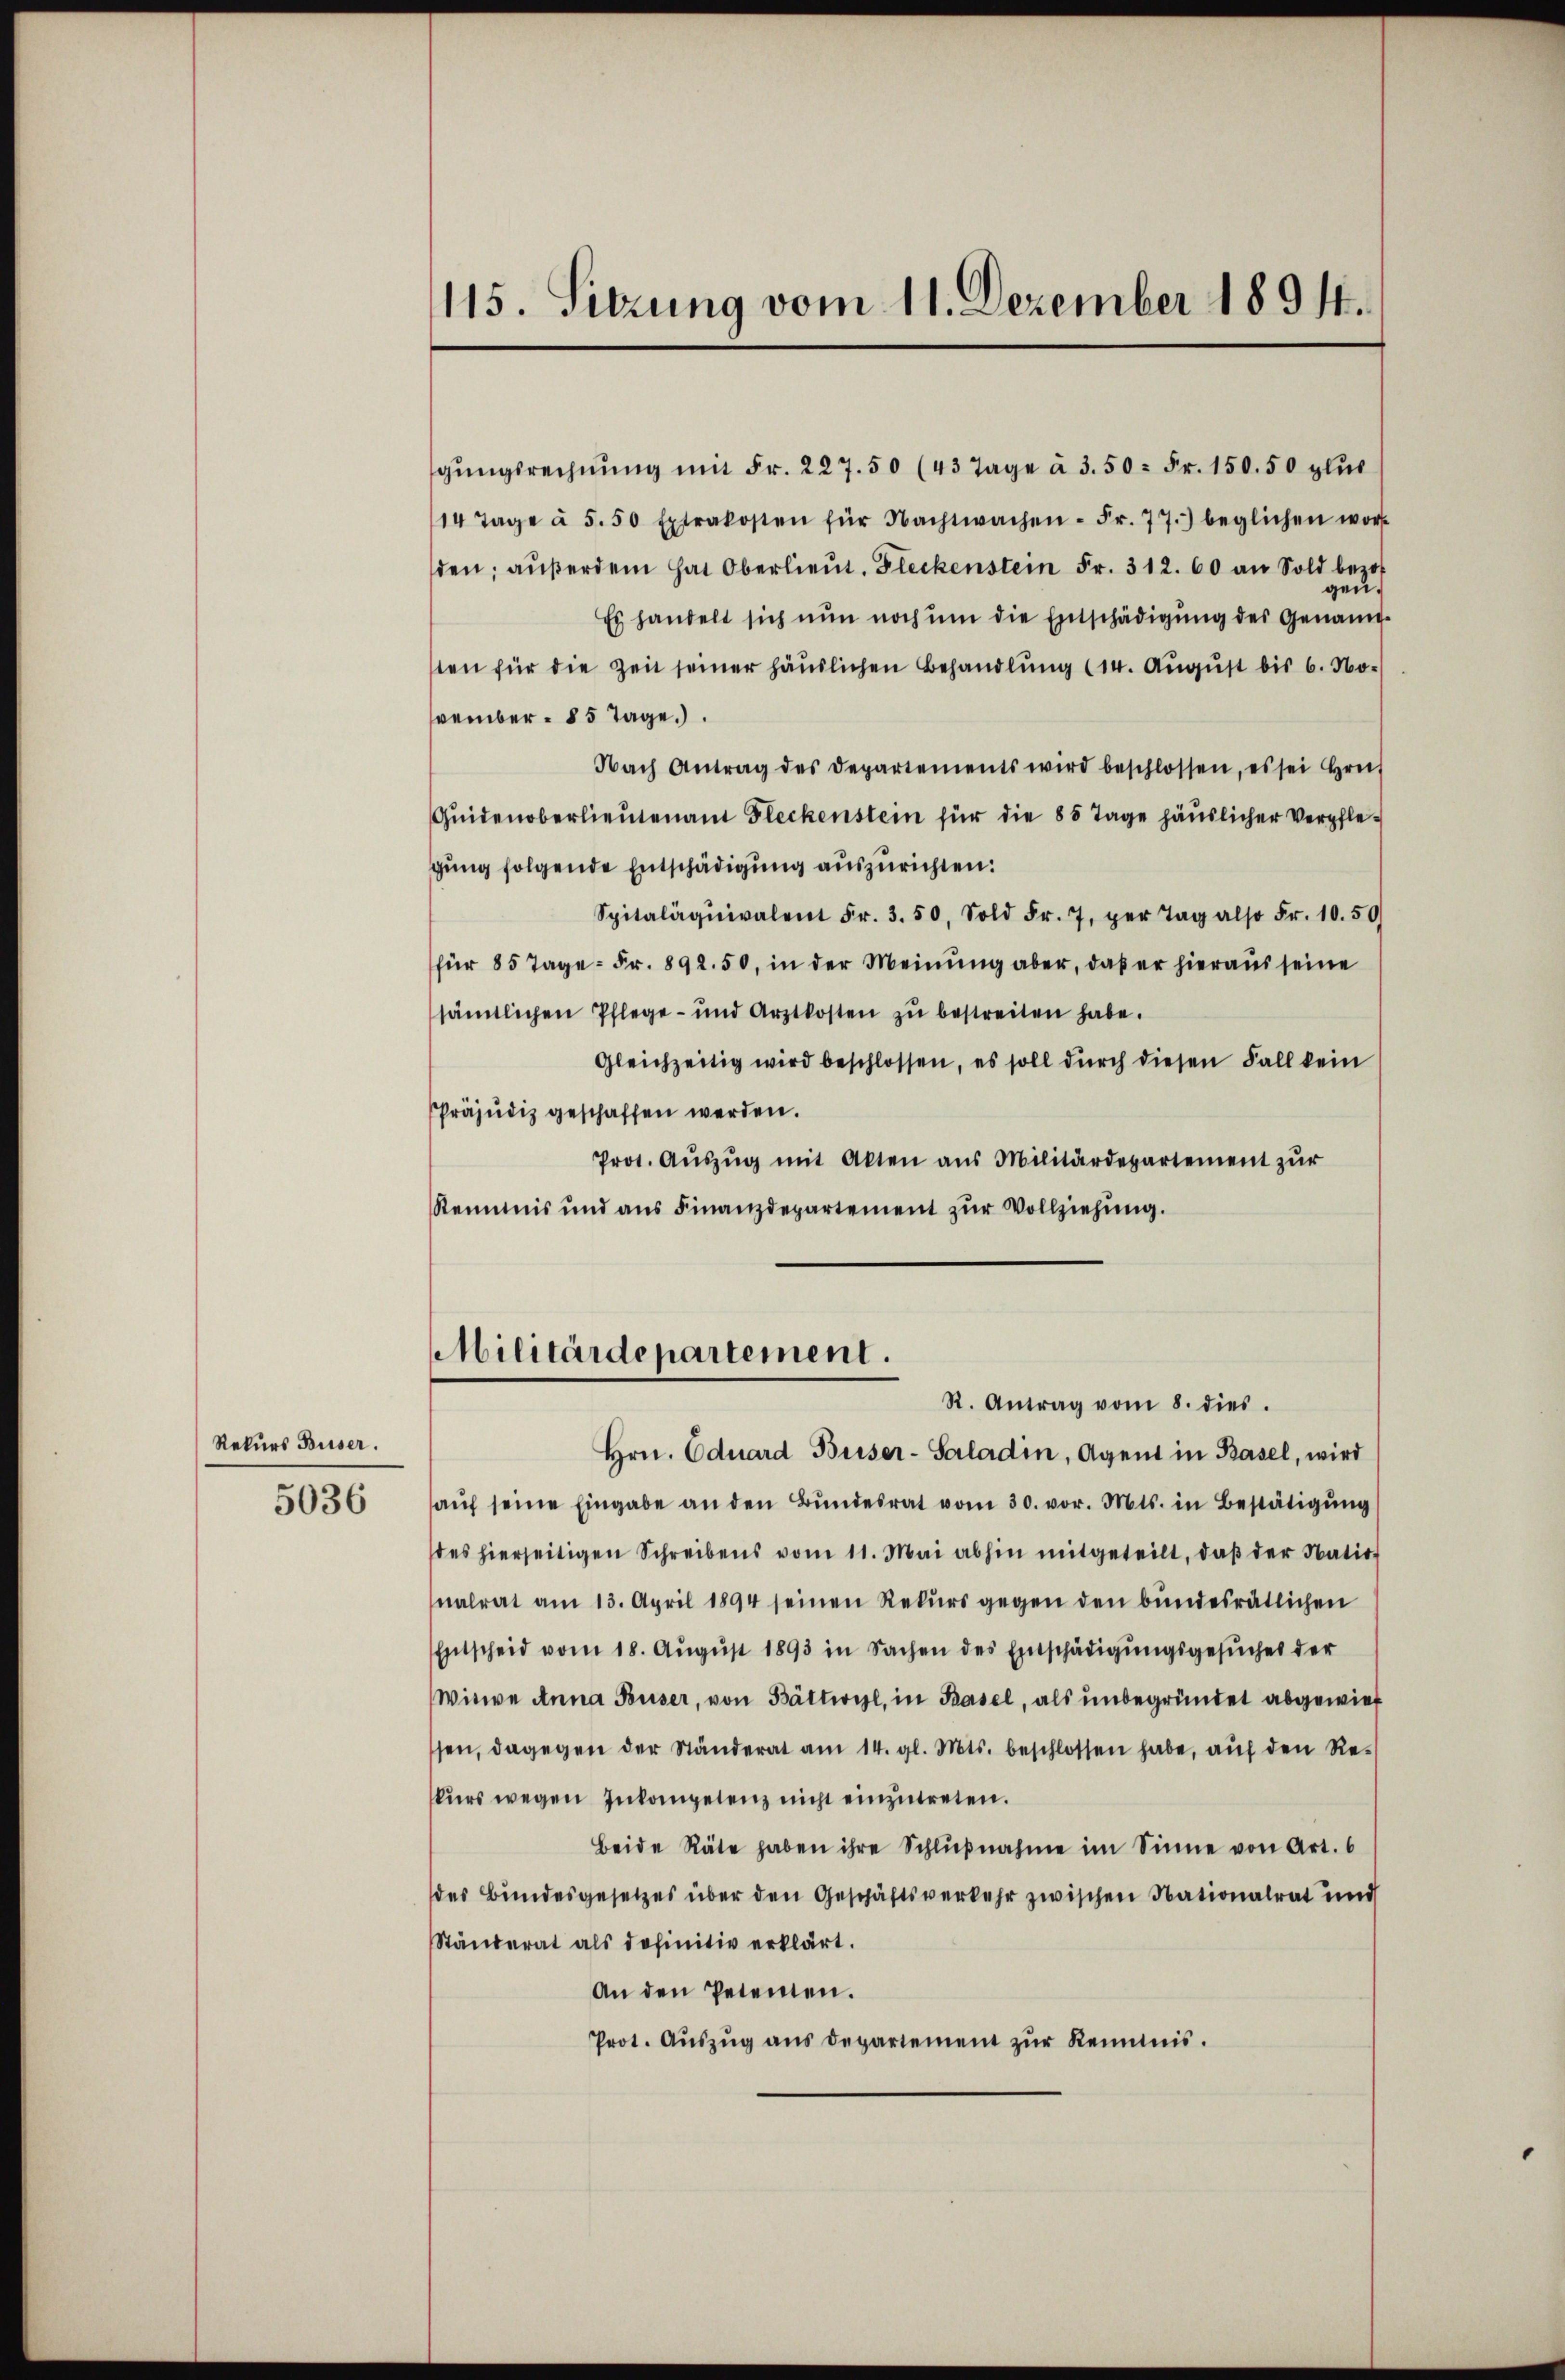
Rekurs Buser.
5036

115. Sitzung vom 11. Dezember 1891.

gŭngsrechnŭng mit Fr. 227. 50 (43 Tage à 3. 50 = Fr. 150. 50 plŭc
14 Tage à 5. 50 Extrakosten für Nachtwachen- Fr. 77.) beglichen wor-
den; aŭβerdem hat Oberlieŭt. Fleckenstein Fr. 312. 60 an Sold bezo
zen.
Es handelt sich nun noch um die Entschädigung des Genannten für die Zeit seiner häuslichen Behandlung (14. August bis 6. November 85 Tage
Nach Antrag des Departements wird beschlossen, es sei Hrn.
Qŭidenoberlieŭtenant Fleckenstein für die 85 Tage häuslicher Verpflegŭng folgende Entschädigung auszurichten:
Spitaläquivalent Fr. 3. 50, Sold Fr. 7, per Tag also Fr. 10. 50.
für 85 Tage - Fr. 892. 50, in der Meinung aber, daß er hieraus seine
sämtlichen Pflege- und Arztkosten zŭ bestreiten habe.
Gleichzeitig wird beschlossen, es soll dŭrch diesen Fall kein
Präjudiz geschaffen werden.
Prot. Aŭszŭg mit Akten aus Militärdepartement zur
Reimnis und ans Finanzdepartement zŭr Vollziehŭng.

Militärdepartement.
R. Antrag vom 8. dies

Hrn. Eduard Buser-Saladin, Agent in Basel, wird
aŭf seine Eingabe an den Bŭndesrat vom 30. vor. Mts. in Bestätigŭng
des hierseitigen Schreibens vom 11. Mai abhin mitgeteilt, daβ der Natio-
nalrat am 13. April 1894 seinen Rekŭrs gegen den bundesrätlichen
Entscheid vom 18. Aŭgŭst 1893 in Sachen des Entschädigŭngsgesŭches der
Witwe Anna Buser, von Bättwyl, in Basel, als unbegründet abgewies
ssen, dagegen der Ständerat am 14. gl. Mts. beschlossen habe, auf den Reskurs wegen Inkompetenz nicht einzutreten.
Beide Räte haben ihre Schlŭβnahme im Sinne von Art. 6
des Bundesgesetzes über den Geschäftsverkehr zwischen Nationalrat und
Ständerat als definitiv erklärt.
An den Petenen.
Prot. Aŭszŭg ans Departement zŭr Kenntnis.